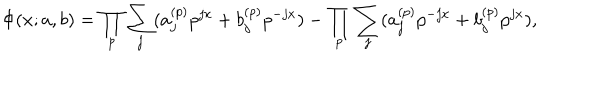
\Phi ( x ; a , b ) = \prod _ { p } \sum _ { j } ( a _ { j } ^ { ( p ) } p ^ { j x } + b _ { j } ^ { ( p ) } p ^ { - j x } ) - \prod _ { p } \sum _ { j } ( a _ { j } ^ { ( p ) } p ^ { - j x } + b _ { j } ^ { ( p ) } p ^ { j x } ) ,